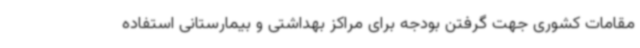
مقامات کشوری جهت گرفتن بودجه برای مراکز بهداشتی و بیمارستانی استفاده